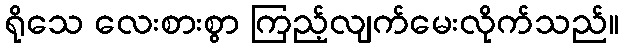
ရိုသေ လေးစားစွာ ကြည့်လျက်မေးလိုက်သည်။